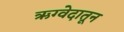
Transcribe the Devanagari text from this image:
ऋग्वेदातून